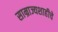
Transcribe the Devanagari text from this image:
साम्राज्यशाहीचे